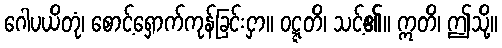
ဂေါပယိတုံ၊ စောင့်ရှောက်ကုန်ခြင်းငှာ။ ဝဋ္ဋတိ၊ သင့်၏။ ဣတိ၊ ဤသို့။